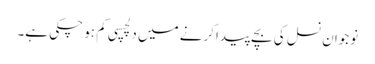
نوجوان نسل کی بچے پیدا کرنے میں دلچسپی کم ہو چکی ہے۔